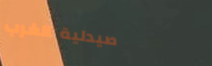
صيدلية الغرب